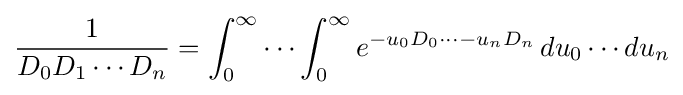
{\frac {1}{D_{0}D_{1}\cdots D_{n}}}=\int _{0}^{\infty }\cdots \int _{0}^{\infty }e^{-u_{0}D_{0}\cdots -u_{n}D_{n}}\,du_{0}\cdots du_{n}